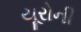
યૂરોની